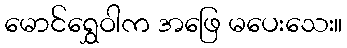
မောင်ရွှေဝါက အဖြေ မပေးသေး။